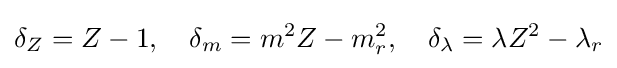
\delta _{Z}=Z-1,\quad \delta _{m}=m^{2}Z-m_{r}^{2},\quad \delta _{\lambda }=\lambda Z^{2}-\lambda _{r}